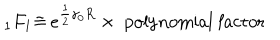
LaTeX: _ 1 F _ { 1 } \tilde { = } \, e ^ { \frac 1 2 \gamma _ { 0 } R } \times \mathrm { ~ p o l y n o m i a l ~ f a c t o r }